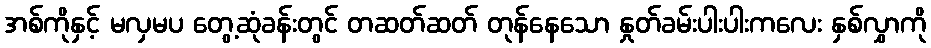
အစ်ကိုနှင့် မလှမပ တွေ့ဆုံခန်းတွင် တဆတ်ဆတ် တုန်နေသော နှုတ်ခမ်းပါးပါးကလေး နှစ်လွှာကို